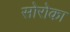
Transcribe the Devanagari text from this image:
सोरोका